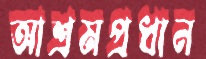
আশ্রমপ্রধান